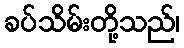
ခပ်သိမ်းတို့သည်၊